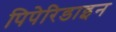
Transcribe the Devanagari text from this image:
पिपेरिडाइन